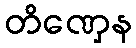
တိဏှေန